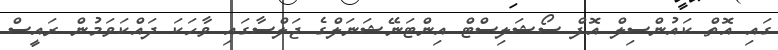
ގައި އޮތް ކައުންސިލް އޮފް ސޯޝަލިސްޓް އިންޓަނޭޝަނަލްގެ ޖަލްސާގައި ވާހަކަ ދައްކަވަމުން ރައީސް